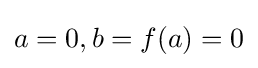
a=0,b=f(a)=0